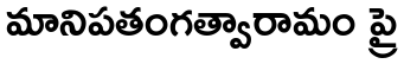
మానిపతంగత్వారామం ప్రై